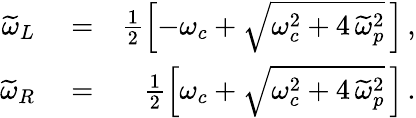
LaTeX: \begin{array}{rlr}{\widetilde{\omega}_{L}}&{{}=}&{\frac{1}{2}\left[-\omega_{c}+\sqrt{\omega_{c}^{2}+4\, \widetilde{\omega}_{p}^{2}}\, \right]\, ,}\\ {\widetilde{\omega}_{R}}&{{}=}&{\frac{1}{2}\left[\omega_{c}+\sqrt{\omega_{c}^{2}+4\, \widetilde{\omega}_{p}^{2}}\, \right]\, .}\end{array}